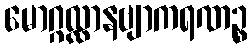
မောဂ္ဂလ္လာနဗျာကရဏဉ္စ